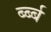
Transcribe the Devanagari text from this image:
र्ब्ब्ब